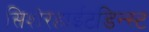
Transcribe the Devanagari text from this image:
सिशेरहाईटडिन्स्ट